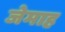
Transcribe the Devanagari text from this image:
जेमाह